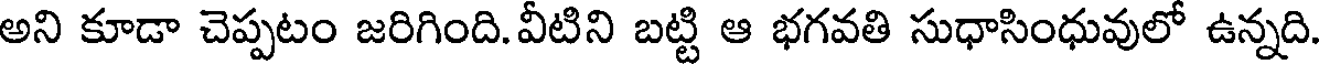
అని కూడా చెప్పటం జరిగింది. వీటిని బట్టి ఆ భగవతి సుధాసింధువులో ఉన్నది.